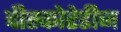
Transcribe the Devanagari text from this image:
दीस्कोरेडीज